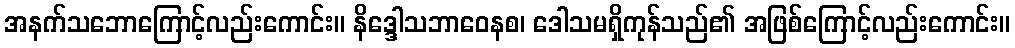
အနက်သဘောကြောင့်လည်းကောင်း။ နိဒ္ဒေါသဘာဝေနစ၊ ဒေါသမရှိကုန်သည်၏ အဖြစ်ကြောင့်လည်းကောင်း။